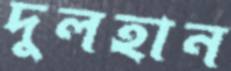
দুলহান